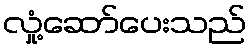
လှုံ့ဆော်ပေးသည်